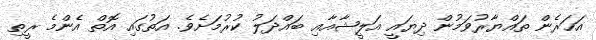
އަހަރެން ތައްޔާރުވަމުން ދިޔައީ އަލީޝާއާއި ބައްދަލު ކުރުމަށެވެ. އަތުގައި އޮތް އެންމެ ރީތި